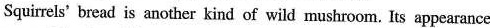
Squirrels' bread is another kind of wild mushroom. Its appearance